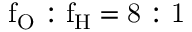
\mathrm { f _ { O } : f _ { H } = 8 : 1 }